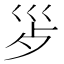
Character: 𭗿